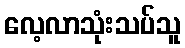
လေ့လာသုံးသပ်သူ